Virumaa_algkoolid, lk 22
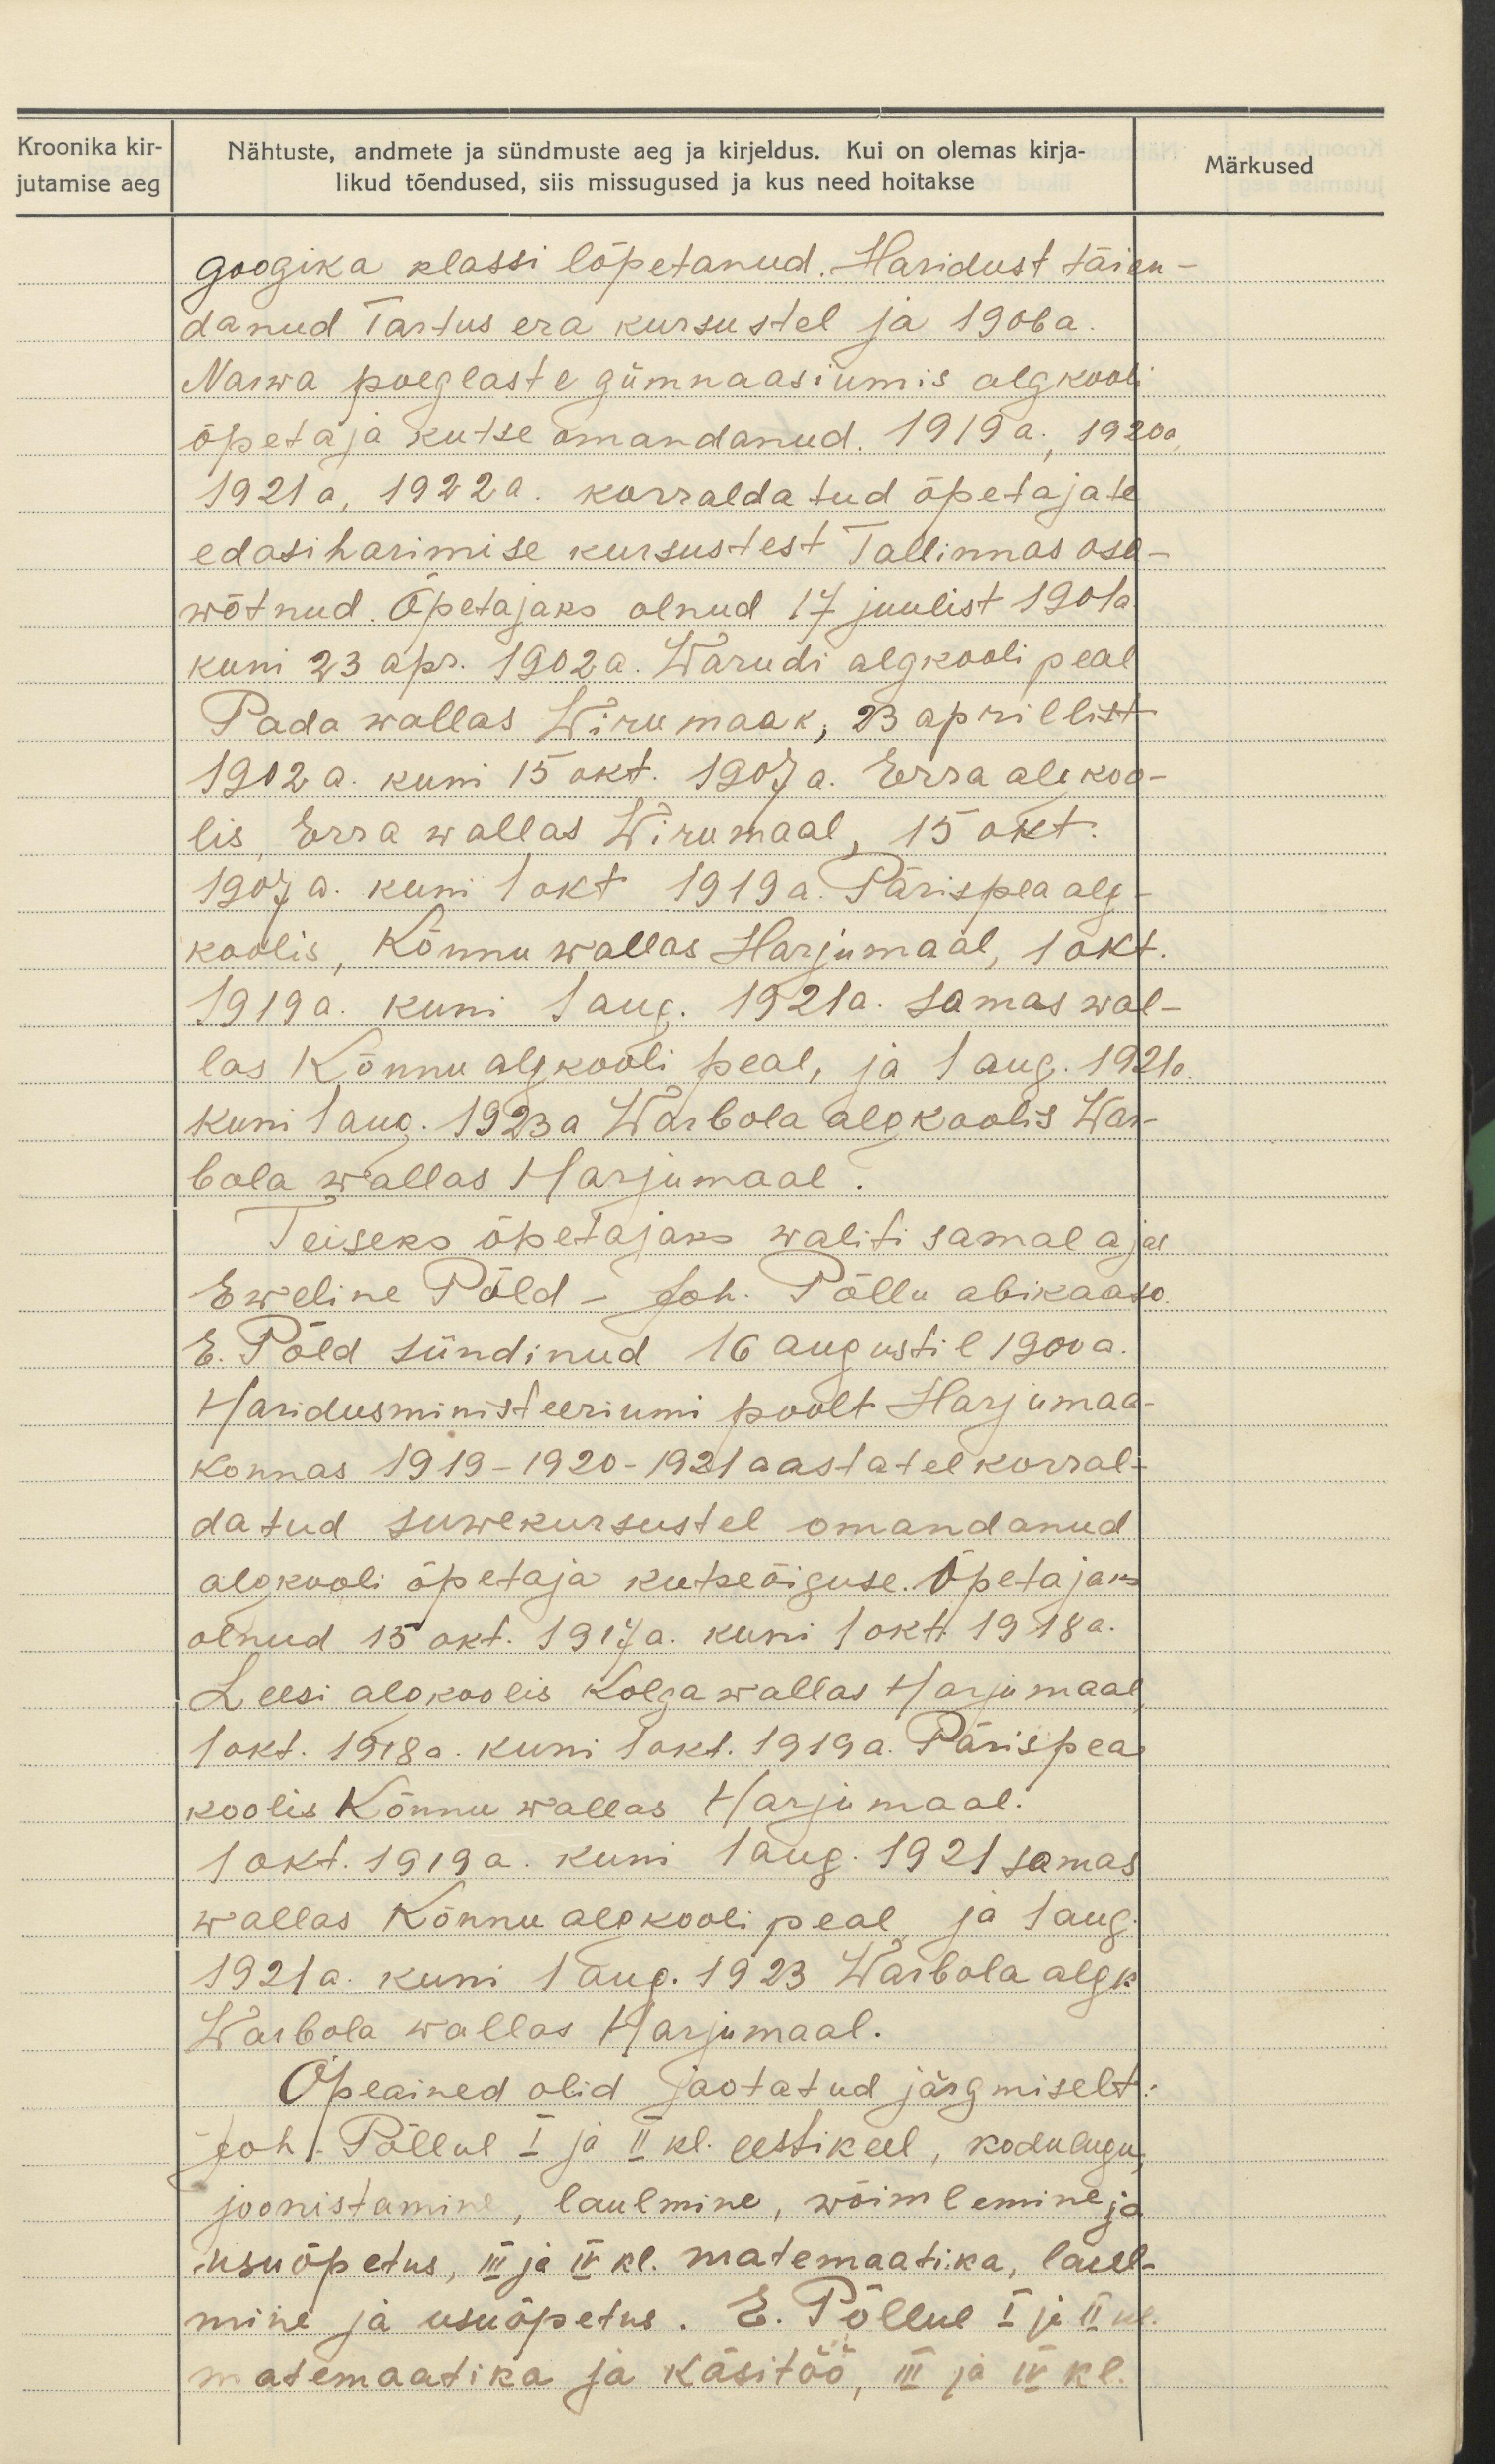
Kroonika kir-
jutamise aeg

Nähtuste, andmete ja sündmuste aeg ja kirjeldus. Kui on olemas kirja-
likud tõendused, siis missugused ja kus need hoitakse

Märkused

googika klassi lõpetanud. Haridust täien-
danud Tartus era kursustel ja 1906 a.
Narwa poeglaste gümnaasiumis algkooli
õpetaja kutse omandanud 1919 a., 1920 a.
1921 a, 1922 a. korraldatud õpetajate
edasi harimise kursustest Tallinnas osa
wõtnud. Õpetajaks olnud 17 juulist 1901a.
kuni 23 apr. 1902 a. Warudi algkooli peal
Pada wallas Wiru maak, 23 aprillist
1902 a. kuni 15 okt. 1907 a. Erra algkoo-
lis, Erra wallas Wiru maal, 15 okt.
1907 a. kuni 1 okt 1919 a. Pärispea alg-
koolis, Kõnnu wallas Harjumaal, 1 okt.
1919 a. kuni 1 aug. 1921 a. samas wal-
las Kõnnu algkooli peal, ja 1 aug. 1921 a.
kuni 1 aug. 1923 a Warbola algkoolis War-
bola wallas Harjumaal.
Teiseks õpetajaks waliti samal ajal
Eweline Põld - Joh. Põllu abikaasa.
E. Põld sündinud 16 augustil 1900 a.
Haridusministeeriumi poolt Harjumaa
konnas 1919-1920-1921 aastatel korral-
datud suwekursustel omandanud
algkooli õpetaja kutseõiguse. Õpetajaks
olnud 15 okt. 1917 a. kuni 1 okt. 1918 a.
Leesi algkoolis kolga wallas Harjumaal
1 okt. 1918 a. kuni 1 okt. 1919 a. Pärispea
koolis Kõnnu wallas Harjumaal.
1 okt. 1919 a. kuni 1 aug. 1921 samas
wallas Kõnnu algkooli peal ja 1 aug.
1921 a. kuni 1 aug. 1923 Warbola algk.
Warbola wallas Harjumaal.
Õpeained olid jaotatud järgmiselt:
Joh. Põllul I ja II kl. eestikeel, kodulugu
joonistamine, laulmine, wõimlemine ja
usuõpetus, III ja IV kl. matemaatika, laul-
mine ja usuõpetus. E. Põllul I ja II kl.
matemaatika ja käsitöö, III ja VI kl.